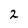
Character: 2